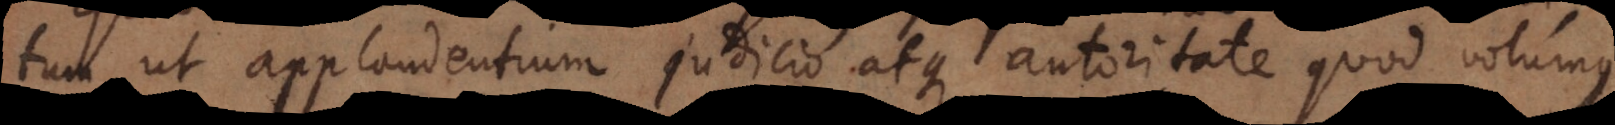
tum ut applaudentium judicio atque autoritate quod volumus